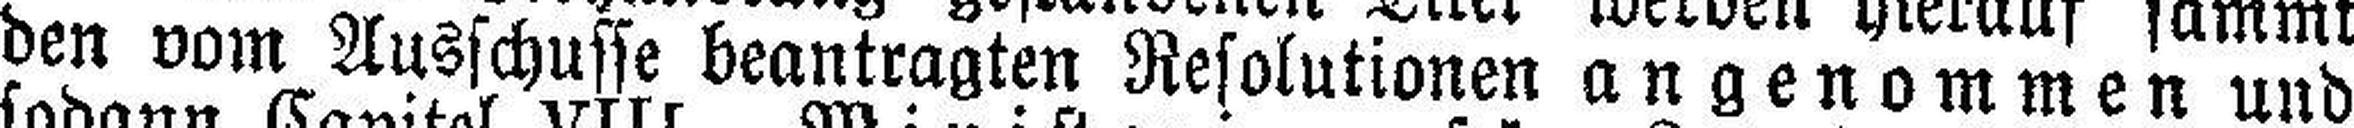
den vom Ausschusse beantragten Resolutionen angenommen und